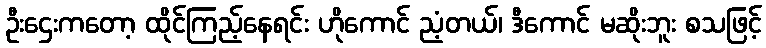
ဦးဌေးကတော့ ထိုင်ကြည့်နေရင်း ဟိုကောင် ညံ့တယ်၊ ဒီကောင် မဆိုးဘူး စသဖြင့်